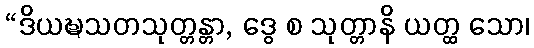
“ဒိယဍ္ဎသတသုတ္တန္တာ, ဒွေ စ သုတ္တာနိ ယတ္ထ သော၊